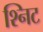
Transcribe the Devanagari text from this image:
श्निट